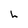
Character: h